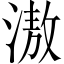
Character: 滶